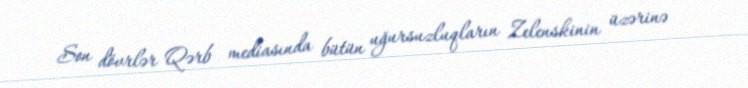
Son dövrlər Qərb mediasında bütün uğursuzluqların Zelenskinin üzərinə